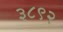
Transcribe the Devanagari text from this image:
३८९२